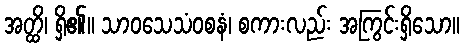
အတ္ထိ၊ ရှိ၏။ သာဝသေသံဝစနံ၊ စကားလည်း အကြွင်းရှိသော။